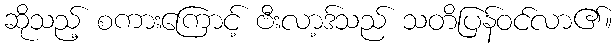
ဆိုသည့် စကားကြောင့် ဗီးလာ့ဒ်သည် သတိပြန်ဝင်လာ၏။